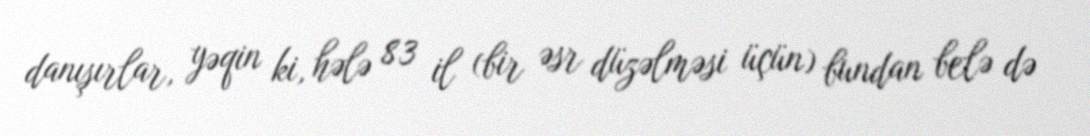
danışırlar, yəqin ki, hələ 83 il (bir əsr düzəlməsi üçün) bundan belə də